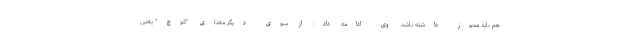
هم باید مجوز داشته باشد. وی ادامه داد: از سوی دیگر معنای "کوچ" یعنی